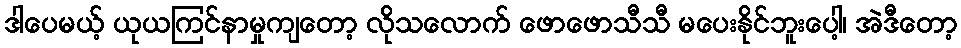
ဒါပေမယ့် ယုယကြင်နာမှုကျတော့ လိုသလောက် ဖောဖောသီသီ မပေးနိုင်ဘူးပေါ့၊ အဲဒီတော့